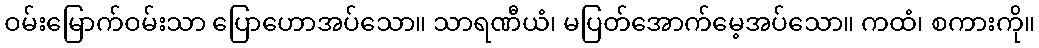
ဝမ်းမြောက်ဝမ်းသာ ပြောဟောအပ်သော။ သာရဏီယံ၊ မပြတ်အောက်မေ့အပ်သော။ ကထံ၊ စကားကို။